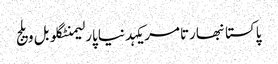
پاکستانبھارتامریکہدنیاپارلیمنٹگلوبل ویلج